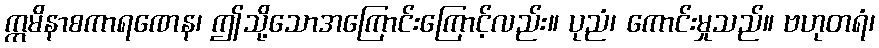
ဣမိနာစကာရဏေန၊ ဤသို့သောအကြောင်းကြောင့်လည်း။ ပုညံ၊ ကောင်းမှုသည်။ ဗဟုတရံ၊